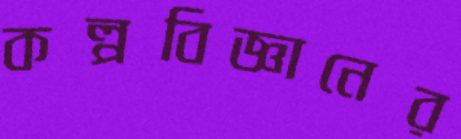
কল্পবিজ্ঞানের